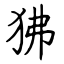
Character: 狒